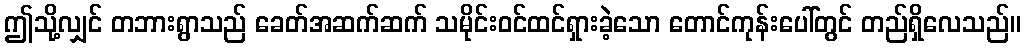
ဤသို့လျှင် တဘားရွာသည် ခေတ်အဆက်ဆက် သမိုင်းဝင်ထင်ရှားခဲ့သော တောင်ကုန်းပေါ်တွင် တည်ရှိလေသည်။